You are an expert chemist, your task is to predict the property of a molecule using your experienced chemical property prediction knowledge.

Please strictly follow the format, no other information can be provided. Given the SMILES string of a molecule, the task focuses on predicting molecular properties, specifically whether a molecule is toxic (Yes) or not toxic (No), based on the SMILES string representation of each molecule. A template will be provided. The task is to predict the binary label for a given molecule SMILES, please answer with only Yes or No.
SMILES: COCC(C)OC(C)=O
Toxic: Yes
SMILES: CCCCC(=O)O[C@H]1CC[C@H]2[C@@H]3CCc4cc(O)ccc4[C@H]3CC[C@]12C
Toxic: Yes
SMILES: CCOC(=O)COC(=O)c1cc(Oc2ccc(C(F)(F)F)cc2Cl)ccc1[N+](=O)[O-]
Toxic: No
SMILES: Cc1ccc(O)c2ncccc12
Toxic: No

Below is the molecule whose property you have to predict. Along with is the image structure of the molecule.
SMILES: CCC/C=C/C=O
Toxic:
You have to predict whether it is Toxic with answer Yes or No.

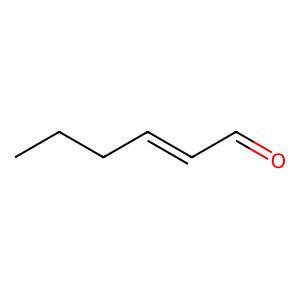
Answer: No